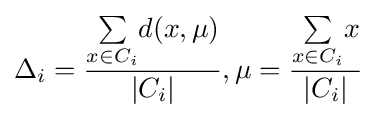
\Delta _{i}={\dfrac {{\underset {x\in C_{i}}{\sum }}d(x,\mu )}{|C_{i}|}},\mu ={\dfrac {{\underset {x\in C_{i}}{\sum }}x}{|C_{i}|}}